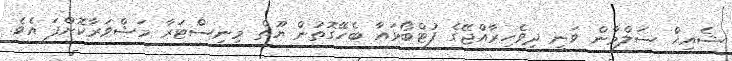
ޝެއިޚް ސަލްމާން ވަނީ ދިވެހިރާއްޖޭގެ ފުޓްބޯޅައާ ބެހޭގޮތުން ޔޫތް މިނިސްޓަރާ މަޝްވަރާކޮށްފަ އެވެ.